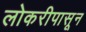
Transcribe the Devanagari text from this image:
लोकरीपासून